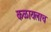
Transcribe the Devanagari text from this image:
कळायलाच